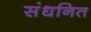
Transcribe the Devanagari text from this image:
संधनित